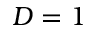
D = 1